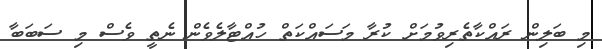
މި ބަލިން ރައްކާތެރިވުމަށް ކުރާ މަސައްކަތް ހުއްޓާލެވެން ނެތީ ވެސް މި ސަބަބާ